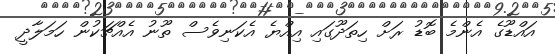
އައްޑޫގެ އެންމެ ބޮޑު ރަށް ހިތަދޫގައި އިއްޔެ އެކަނިވެސް ތޫނު އެއްޗަކުން ހަމަލާދީ